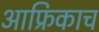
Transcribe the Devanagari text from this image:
आफ्रिकाच